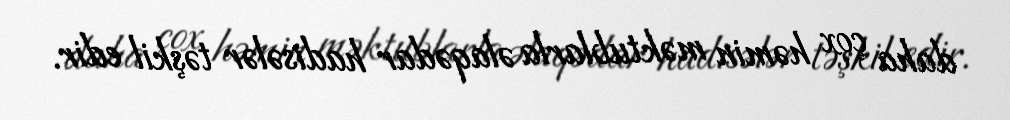
daha çox həmin məktublarla əlaqədar hadisələr təşkil edir.